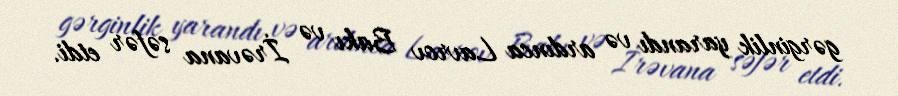
gərginlik yarandı və ardınca Lavrov Bakı və İrəvana səfər etdi.